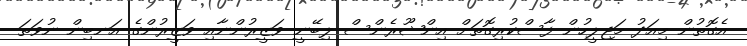
އެގޮތުން މިއަދު މަޖިލީހުން ފާސްކުރިގޮތަށް އިންޝޫރެންސް ލިބޭނީ ވަޒީރުންނާއި ވަޒީރުންގެ އަނބިން ނުވަތަ